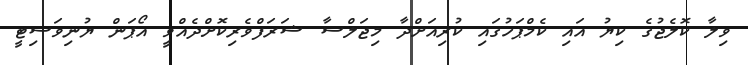
ވިލާ ކޮލެޖުގެ ކިޔު އައި ކެމްޕަހުގައި ކުރިއަށްދާ މިޖަލްސާ ޝަރަފްވެރިކޮށްދެއްވީ އޯޕަން ޔުނިވަސިޓީ